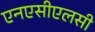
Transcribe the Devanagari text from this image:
एनएसीएलसी